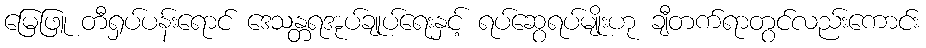
မြေဖြူ တီရှပ်ပန်းရောင် ဒေသန္တရအုပ်ချုပ်ရေးနှင့် ရပ်ဆွေရပ်မျိုးဟု ချီတက်ရာတွင်လည်းကောင်း